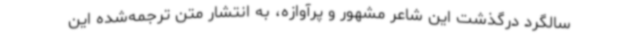
سالگرد درگذشت این شاعر مشهور و پرآوازه، به انتشار متن ترجمه‌شده این